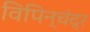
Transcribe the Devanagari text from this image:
विपिन्चंद्र